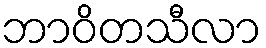
ဘာဝိတသီလာ